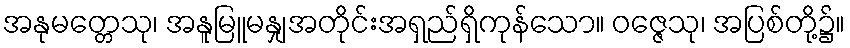
အနုမတ္တေသု၊ အနူမြူမနျှအတိုင်းအရှည်ရှိကုန်သော။ ဝဇ္ဇေသု၊ အပြစ်တို့၌။